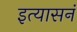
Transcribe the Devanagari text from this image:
इत्यासनं